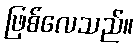
ဖြစ်လေသည်။